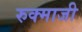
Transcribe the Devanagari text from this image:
रुक्माजी